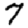
Digit: 7